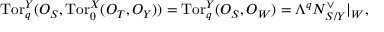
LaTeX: \mathrm { T o r } _ { q } ^ { Y } ( { \cal O } _ { S } , \mathrm { T o r } _ { 0 } ^ { X } ( { \cal O } _ { T } , { \cal O } _ { Y } ) ) = \mathrm { T o r } _ { q } ^ { Y } ( { \cal O } _ { S } , { \cal O } _ { W } ) = \Lambda ^ { q } { \cal N } _ { S / Y } ^ { \vee } | _ { W } ,